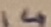
Text: 14